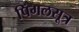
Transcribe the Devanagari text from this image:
पिंगलसूत्र